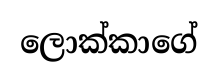
ලොක්කාගේ